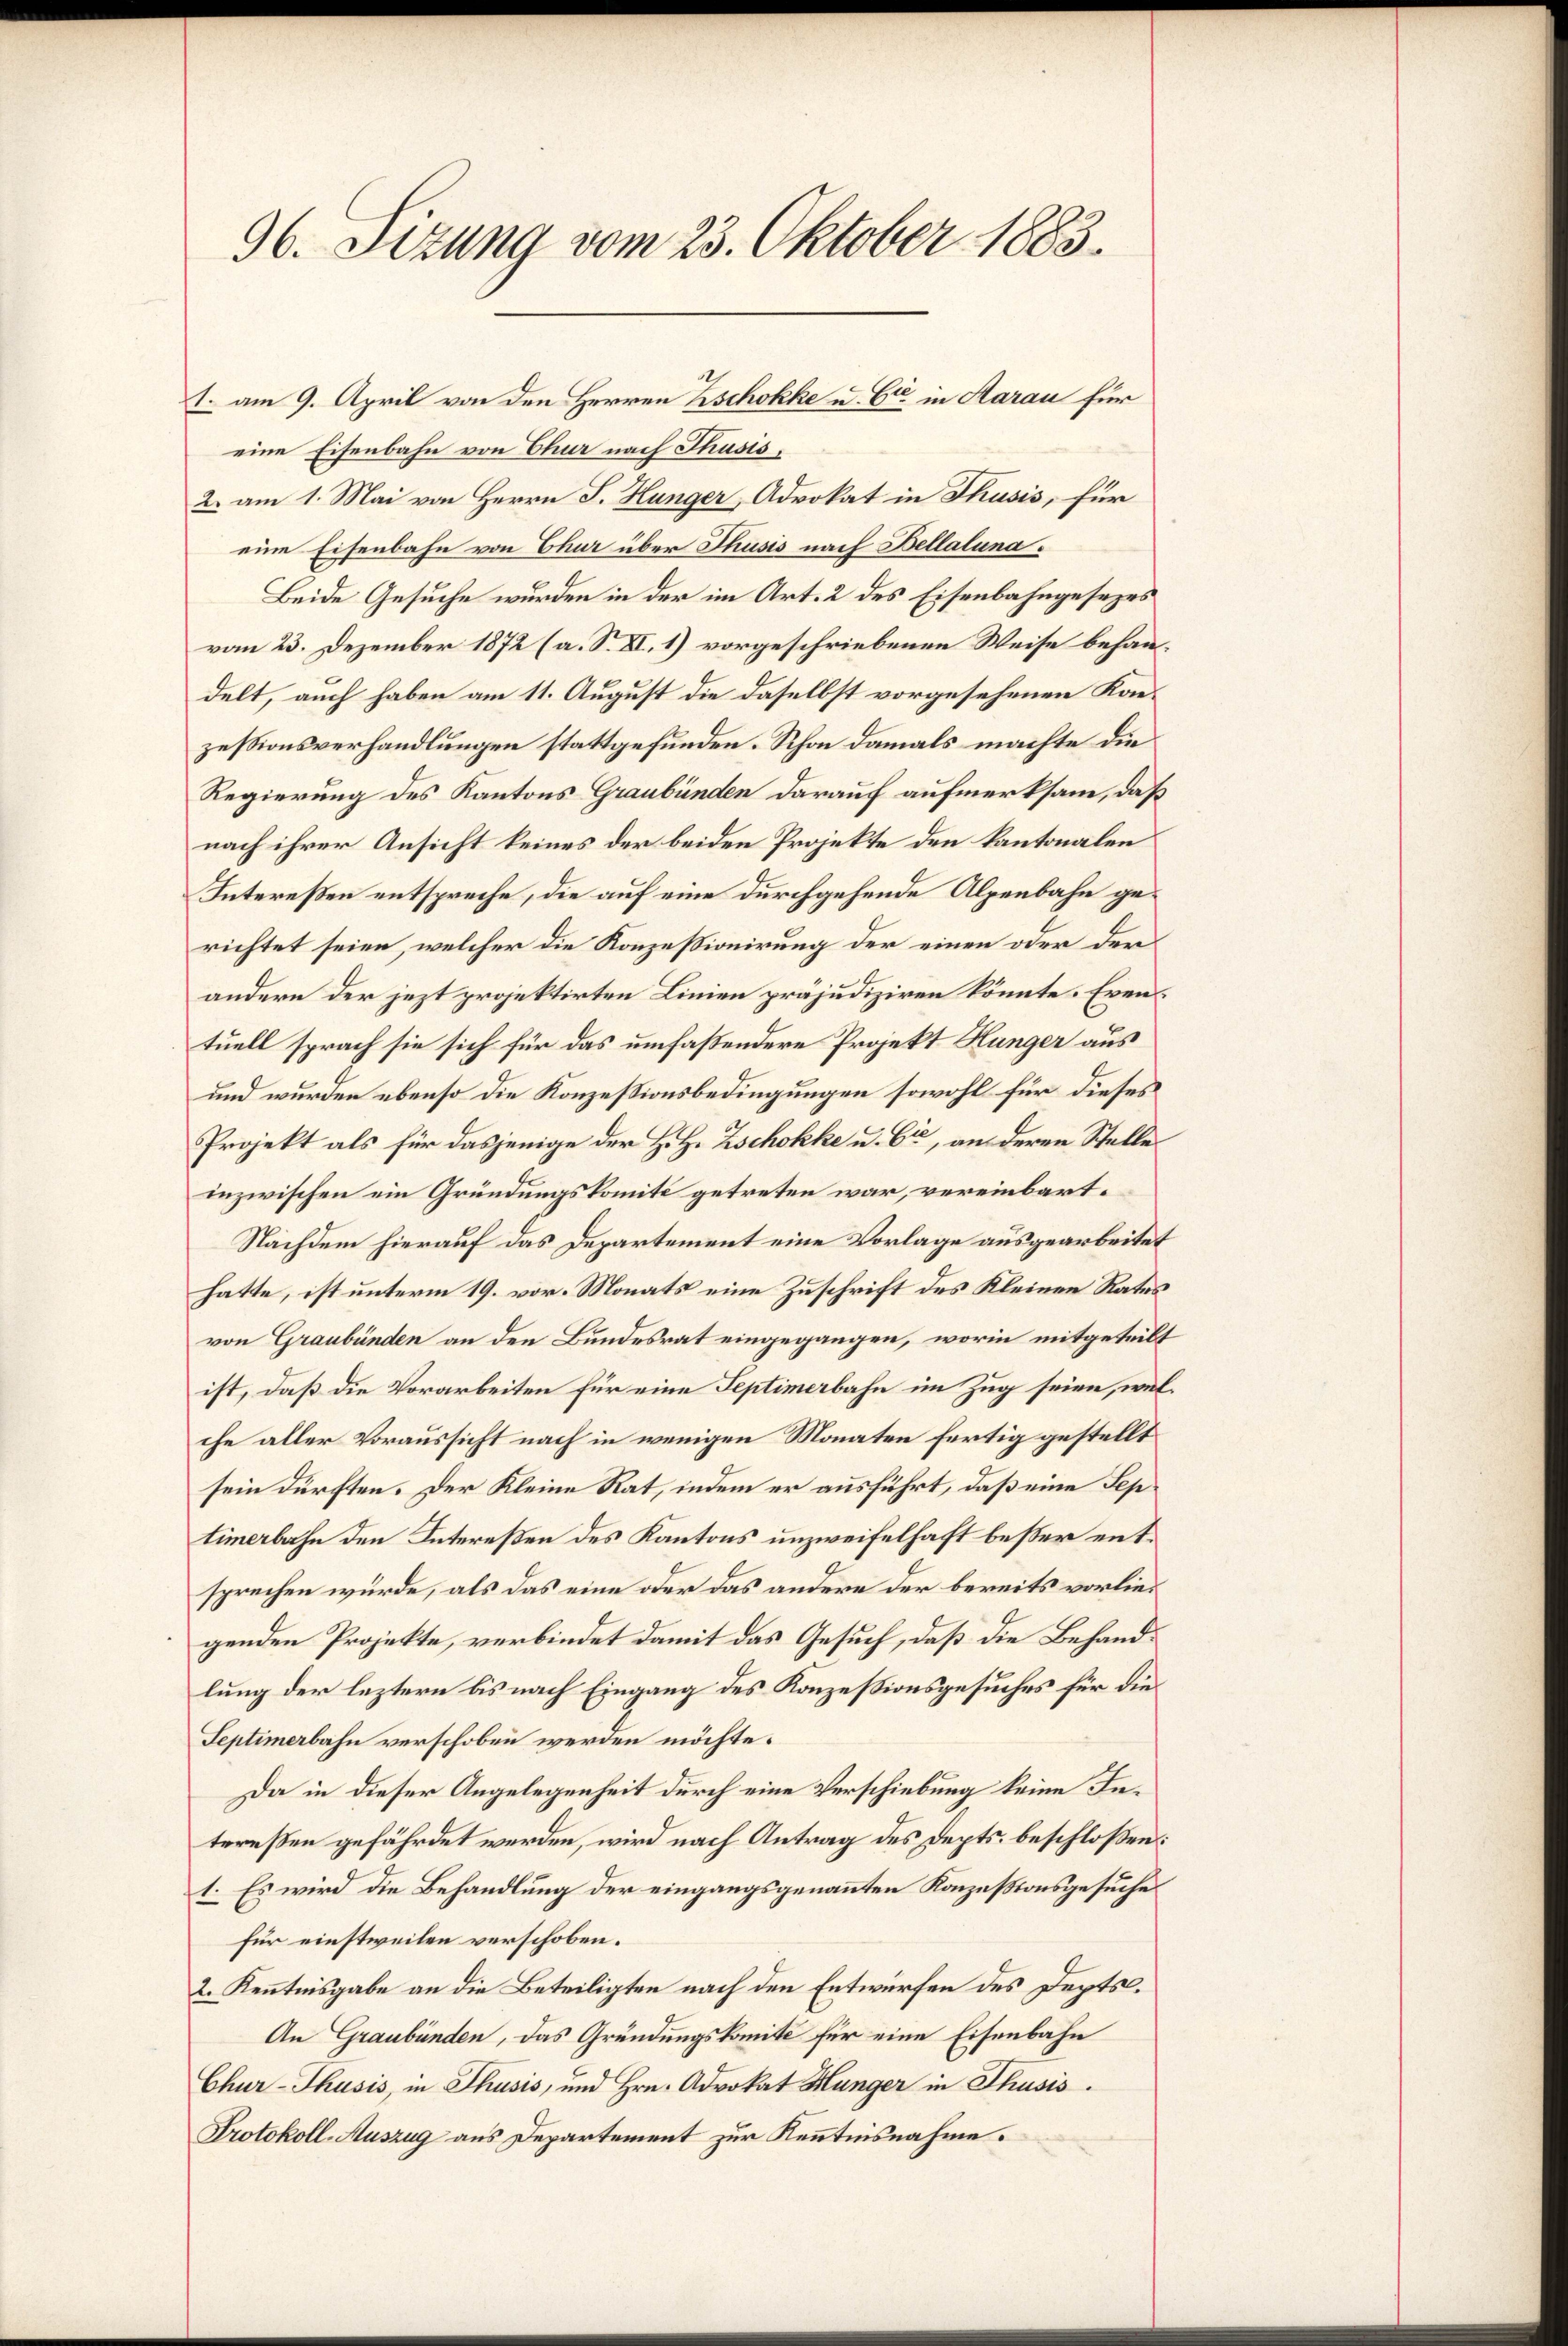
96. Sizung vom 23. Oktober 1883.

eine Eisenbahn von Chur nach Thusis,
2. am 1. Mai von Herrn J. Hunger, Advokat in Thusis, für
eine Eisenbahn von Chur über Thusis nach Bellaluna¬
Beide Gesuche wurden in der im Art. 2 des Eisenbahngesezes
vom 23. Dezember 1872 (a. S. XI. 1) vorgeschriebenen Weise behandelt, auch haben am 11. August die daselbst vorgesehenen Konzessionsverhandlungen stattgefunden. Schon damals machte die
Regierung des Kantons Graubünden darauf aufmerksam, daß
nach ihrer Ansicht keines der beiden Projekte den Kantonalen
Intereßen entspreche, die auf eine durchgehende Alpenbahn gerichtet seien, welcher die Konzessionirung der einen oder denandern der jezt projektirten Linien präjudiziren könnte. Eventuell sprach sie sich für das umfaßendere Projekt Hunger aus
und wurden ebenso die Konzessionsbedingungen sowohl für dieses
Projekt als für dasjenige der H. H. Zschokke u. Cie, an deren Stelle
inzwischen ein Gründungskomite getreten war, vereinbart¬
Nachdem hierauf das Departement eine Vorlage ausgearbeitet
hatte, ist unterm 19. vor. Monats eine Zuschrift des Kleinen Rates
von Graubünden an den Bundesrat eingegangen, worin mitgeteilt
ist, daß die Vorarbeiten für eine Septimerbahn im Zug seien, welche aller Voraussicht nach in wenigen Monaten fertig gestellt
sein dürften. Der Kleine Rat, indem er ausführt, daß eine Septimerbahn den Intereßen des Kantons unzweifelhaft beßer entsprechen würde, als das eine oder das andere der bereits vorliegenden Projekte, verbindet damit das Gesuch, daß die Behandlung der leztern bis nach Eingang des Konzessionsgesuches für die¬
Septimerbahn verschoben werden möchte.
Da in dieser Angelegenheit durch eine Verschiebung keine Intereßen gefährdet werden, wird nach Antrag des Depts. beschloßen:
1. Es wird die Behandlung der eingangsgenannten Konzessionsgesuche
für einstweilen verschoben.
2. Kenntnisgabe an die Beteiligten nach den Entwürfen des Depts.
An Graubünden, das Gründungskomité für eine Eisenbahn
Chur-Thusis, in Thusis, und Hrn. Advokat Hunger in Thusis.
Protokoll-Auszug aus Departement zur Kenntnisnahme.

1. am 9. April von den Herren Zschokke u. 6ten in Aarau für